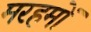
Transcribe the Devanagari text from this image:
मरहमों